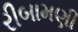
રીબામણી